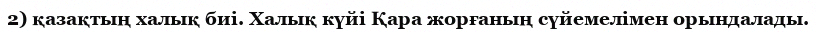
2) қазақтың халық биі. Халық күйі Қара жорғаның сүйемелімен орындалады.